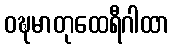
ဝဍ္ဎမာတုထေရီဂါထာ